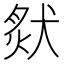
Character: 𤟙